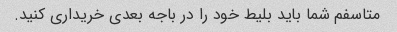
متاسفم شما باید بلیط خود را در باجه بعدی خریداری کنید.